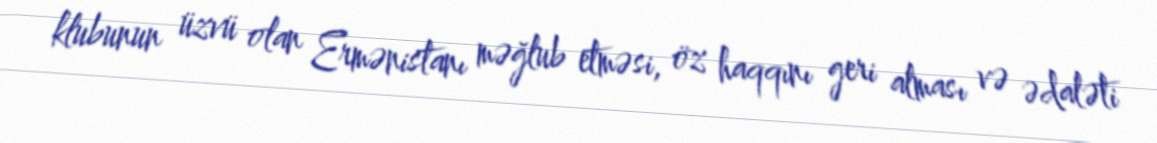
klubunun üzvü olan Ermənistanı məğlub etməsi, öz haqqını geri alması və ədaləti